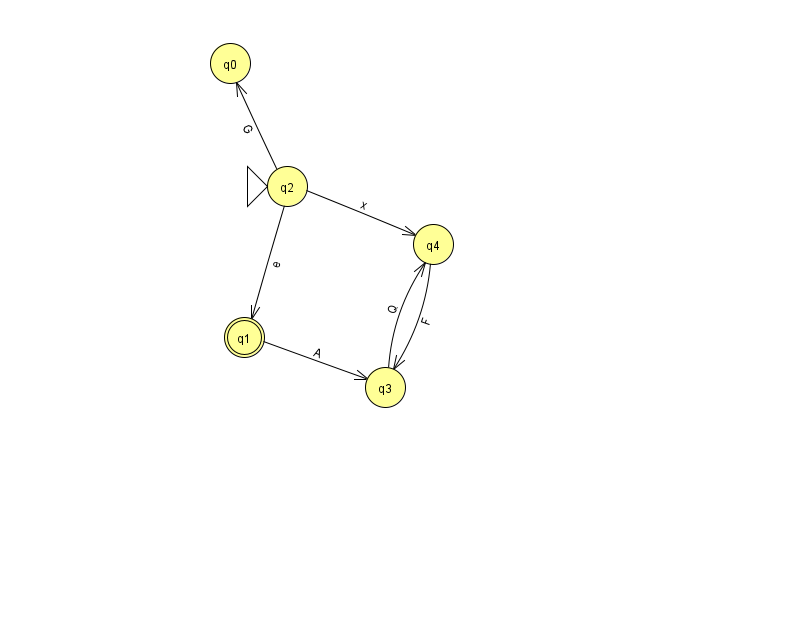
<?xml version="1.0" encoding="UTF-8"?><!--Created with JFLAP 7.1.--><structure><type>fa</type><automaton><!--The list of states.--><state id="0" name="q0"><x>230.0</x><y>50.0</y></state><state id="1" name="q1"><x>244.0</x><y>324.0</y><final/></state><state id="2" name="q2"><x>287.0</x><y>173.0</y><initial/></state><state id="3" name="q3"><x>385.0</x><y>374.0</y></state><state id="4" name="q4"><x>433.0</x><y>231.0</y></state><!--The list of transitions.--><transition><from>1</from><to>3</to><read>A</read></transition><transition><from>4</from><to>3</to><read>F</read></transition><transition><from>2</from><to>1</to><read>e</read></transition><transition><from>3</from><to>4</to><read>Q</read></transition><transition><from>2</from><to>0</to><read>G</read></transition><transition><from>2</from><to>4</to><read>x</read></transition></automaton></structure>